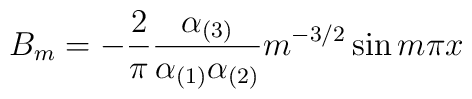
B_m = - {2 \over \pi} {\alpha_{(3)} \over\alpha_{(1)} \alpha_{(2)}} m^{-3/2} \sin m \pi x